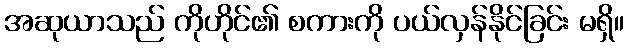
အဆုယာသည် ကိုဟိုင်၏ စကားကို ပယ်လှန်နိုင်ခြင်း မရှိ။